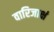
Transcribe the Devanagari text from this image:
वारिजाक्षं